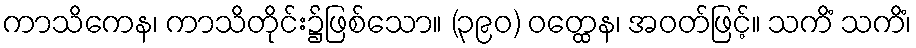
ကာသိကေန၊ ကာသိတိုင်း၌ဖြစ်သော။ (၃၉၀) ဝတ္ထေန၊ အဝတ်ဖြင့်။ သကိံ သကိံ၊